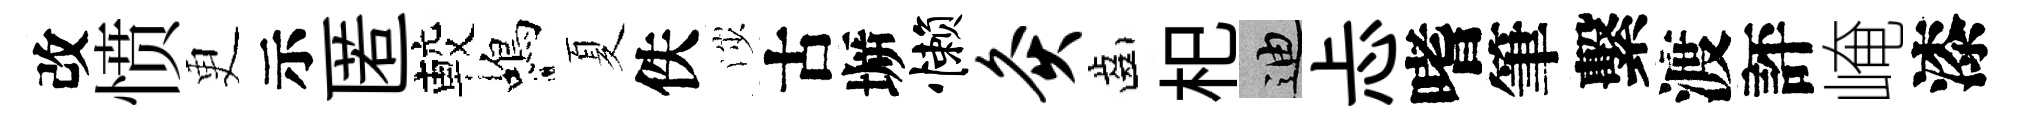
改愤更示匿較蝎夏佚渉古󶱲懒灸齒𣏌迪忐嗜筆繫渡評崦漆